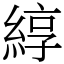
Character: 綧